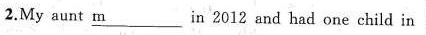
2.My aunt \underline{m} in 2012 and had one child in